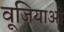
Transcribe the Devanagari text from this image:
वूजियाओ